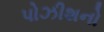
પોઝીશનો